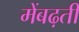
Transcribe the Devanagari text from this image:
मेंबढ़ती